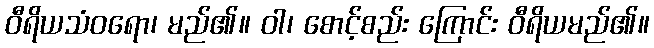
ဝီရိယသံဝရော၊ မည်၏။ ဝါ၊ စောင့်စည်း ကြောင်း ဝီရိယမည်၏။